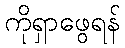
ကိုရှာဖွေရန်